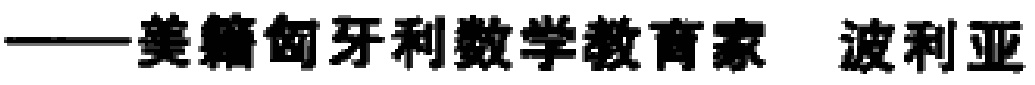
——美籍匈牙利数学教育家 波利亚